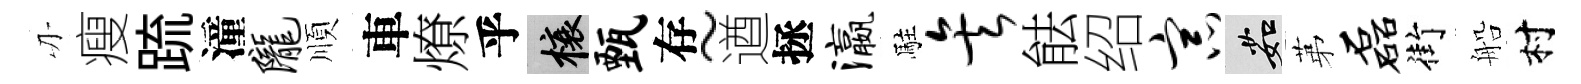
刃瘦䟽潼陇順車燎乎榱甄存~遒拯瀛駐矣䏻绍宗茹苐磊街船村